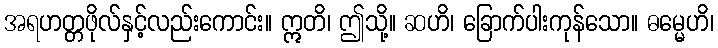
အရဟတ္တဖိုလ်နှင့်လည်းကောင်း။ ဣတိ၊ ဤသို့။ ဆဟိ၊ ခြောက်ပါးကုန်သော။ ဓမ္မေဟိ၊